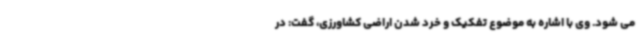
می شود. وی با اشاره به موضوع تفکیک و خرد شدن اراضی کشاورزی، گفت: در